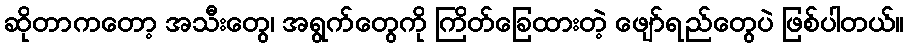
ဆိုတာကတော့ အသီးတွေ၊ အရွက်တွေကို ကြိတ်ခြေထားတဲ့ ဖျော်ရည်တွေပဲ ဖြစ်ပါတယ်။